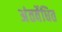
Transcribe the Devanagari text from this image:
अंतर्वेधित